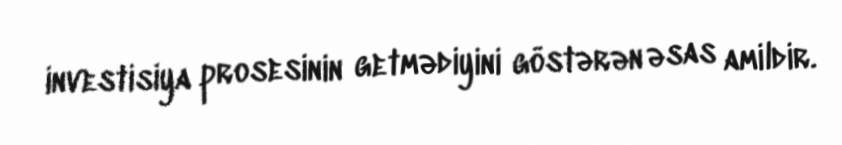
investisiya prosesinin getmədiyini göstərən əsas amildir.